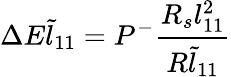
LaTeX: \Delta E\tilde{l}_{11}=P^{-}\frac{R_{s}{l}_{11}^{2}}{R\tilde{l}_{11}}